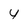
Character: 4